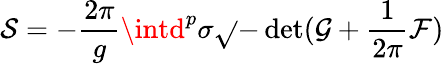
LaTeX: \mathcal{S}=-\frac{{2\pi}}{{g}}\intd^{p}\sigma\sqrt{}{{-\operatorname*{det}(\mathcal{{G}}+\frac{{1}}{{2\pi}}\mathcal{{F}})}}